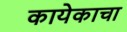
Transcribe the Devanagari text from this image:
कायेकाचा